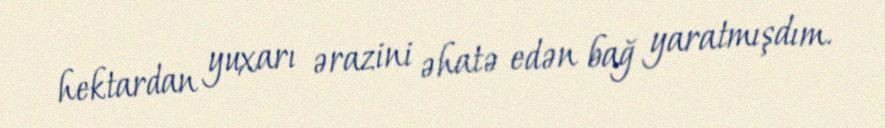
hektardan yuxarı ərazini əhatə edən bağ yaratmışdım.